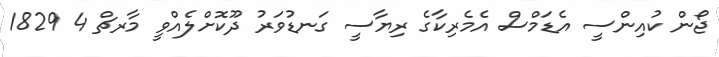
ޖޯން ކުއިންސީ އެޑަމްސް އެމެރިކާގެ ރިޔާސީ ގަނޑުވަރު ދޫކޮށްލެއްވީ މާރޗް 4 1829